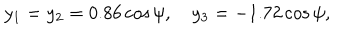
LaTeX: y _ { 1 } = y _ { 2 } = 0 . 8 6 \cos \psi , \quad y _ { 3 } = - 1 . 7 2 \cos \psi ,